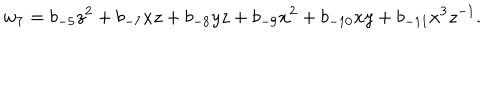
LaTeX: w _ { 7 } = b _ { - 5 } z ^ { 2 } + b _ { - 7 } x z + b _ { - 8 } y z + b _ { - 9 } x ^ { 2 } + b _ { - 1 0 } x y + b _ { - 1 1 } x ^ { 3 } z ^ { - 1 } .